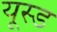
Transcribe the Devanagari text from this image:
यूस्ड